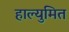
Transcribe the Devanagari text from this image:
हाल्युमित